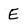
Character: E